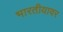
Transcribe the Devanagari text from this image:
भारतीयावर